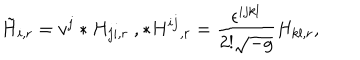
{ \tilde { H } } _ { i , r } = v ^ { j } * H _ { j i , r } \ , { * H ^ { i j } } _ { , r } = \frac { \epsilon ^ { i j k l } } { 2 ! \sqrt { - g } } H _ { k l , r } ,